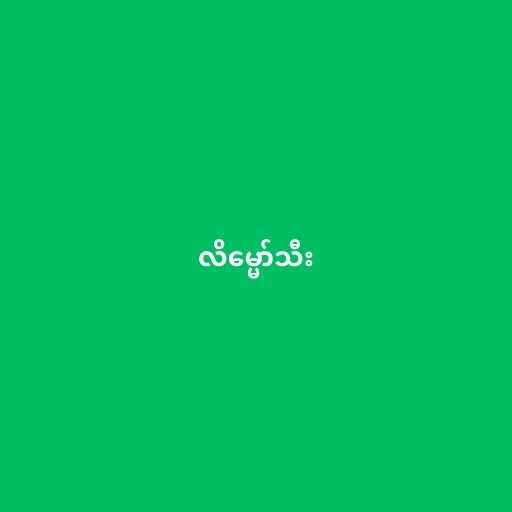
လိမ္မော်သီး